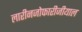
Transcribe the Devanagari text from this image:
लारीनजोफारीजीयाल